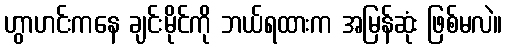
ဟွာဟင်းကနေ ချင်းမိုင်ကို ဘယ်ရထားက အမြန်ဆုံး ဖြစ်မလဲ။